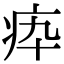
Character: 疩